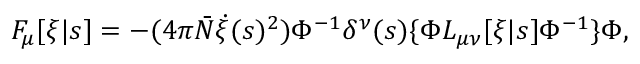
F _ { \mu } [ \xi | s ] = - ( 4 \pi { \bar { N } } \dot { \xi } ( s ) ^ { 2 } ) \Phi ^ { - 1 } \delta ^ { \nu } ( s ) \{ \Phi L _ { \mu \nu } [ \xi | s ] \Phi ^ { - 1 } \} \Phi ,